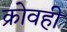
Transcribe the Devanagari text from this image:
क्रोवही